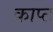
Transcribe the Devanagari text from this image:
क्राप्ट